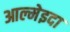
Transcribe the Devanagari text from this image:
आल्मेइदा